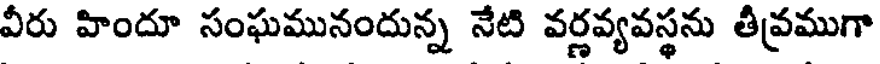
వీరు హిందూ సంఘమునందున్న నేటి వర్ణవ్యవస్థను తీవ్రముగా